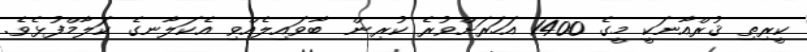
ކީރިތި ޤުރްއާނަކީ މީގެ 1400 އަހަރަށްވުރެ ކުރިން  ބާވައިލެއްވި އެކަލާނގެ ކަލާމްފުޅެވެ.